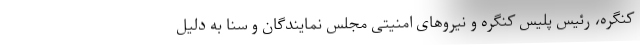
کنگره، رئیس پلیس کنگره و نیروهای امنیتی مجلس نمایندگان و سنا به دلیل